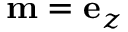
\mathbf { m } = \mathbf { e } _ { z }